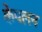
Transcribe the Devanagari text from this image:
केपलन